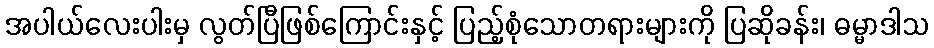
အပါယ်လေးပါးမှ လွတ်ပြီဖြစ်ကြောင်းနှင့် ပြည့်စုံသောတရားများကို ပြဆိုခန်း၊ ဓမ္မာဒါသ